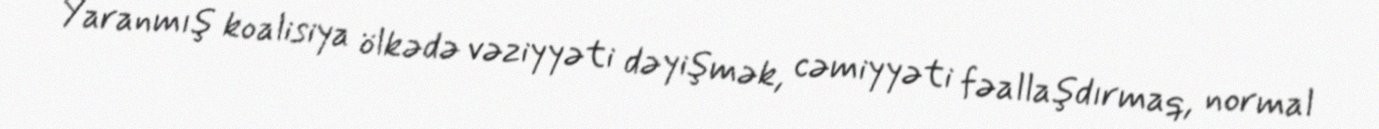
Yaranmış koalisiya ölkədə vəziyyəti dəyişmək, cəmiyyəti fəallaşdırmaq, normal